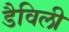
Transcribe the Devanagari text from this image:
डैविली